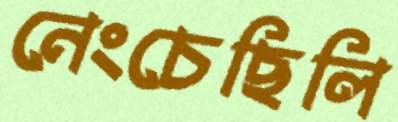
নেংচেছিলি